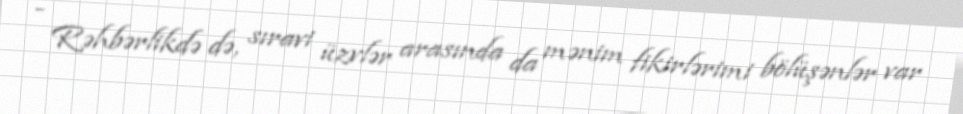
- Rəhbərlikdə də, sıravi üzvlər arasında da mənim fikirlərimi bölüşənlər var